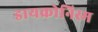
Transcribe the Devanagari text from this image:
डायक्रोनिस्म